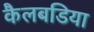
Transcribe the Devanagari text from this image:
कैलबडिया